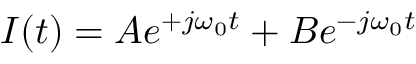
I ( t ) = A e ^ { + j \omega _ { 0 } t } + B e ^ { - j \omega _ { 0 } t }